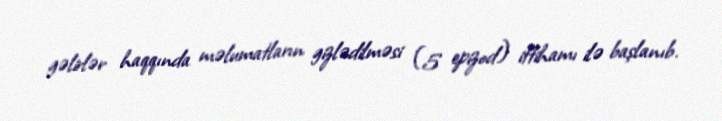
gəlirlər haqqında məlumatların gizlədilməsi (5 epizod) ittihamı ilə başlanıb.